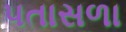
પતાસળા